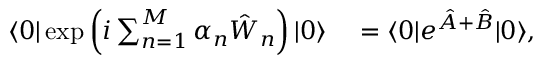
\begin{array} { r l } { \langle 0 | \exp \left( i \sum _ { n = 1 } ^ { M } \alpha _ { n } \hat { W } _ { n } \right) | 0 \rangle } & { { } = \langle 0 | e ^ { \hat { A } + \hat { B } } | 0 \rangle , } \end{array}